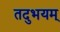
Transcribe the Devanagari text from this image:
तदुभयम्